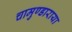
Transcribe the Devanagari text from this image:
चामुण्डाराया